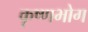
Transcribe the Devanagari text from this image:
कृष्णभोग